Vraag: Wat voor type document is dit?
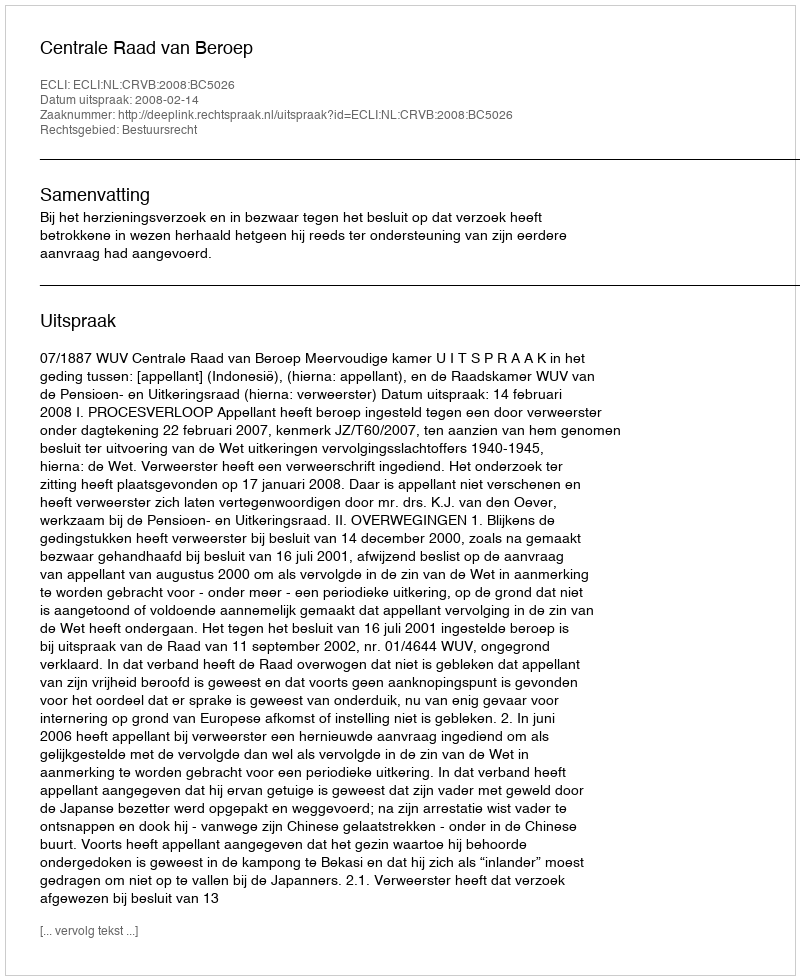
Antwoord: Uitspraak